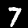
Label: 7